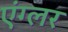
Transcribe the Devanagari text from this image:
एंग्लर